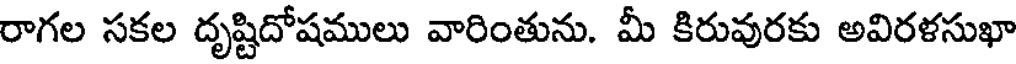
రాగల సకల దృష్టిదోషములు వారింతును. మీ కిరువురకు అవిరళసుఖా